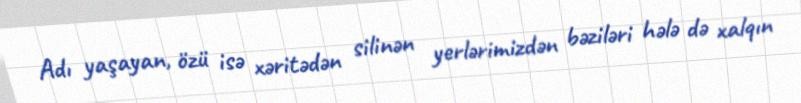
Adı yaşayan, özü isə xəritədən silinən yerlərimizdən bəziləri hələ də xalqın